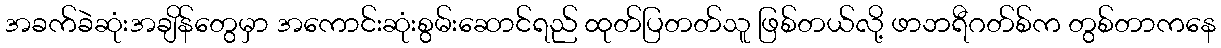
အခက်ခဲဆုံးအချိန်တွေမှာ အကောင်းဆုံးစွမ်းဆောင်ရည် ထုတ်ပြတတ်သူ ဖြစ်တယ်လို့ ဖာဘရီဂတ်စ်က တွစ်တာကနေ